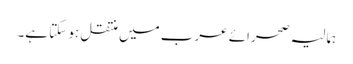
ہمالیہ صحرائے عرب میں منتقل ہو سکتا ہے۔